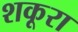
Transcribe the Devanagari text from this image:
शकूरा